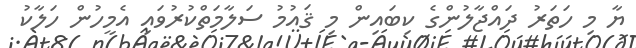
ޔާ މި ހަތަރު ދައްޖާލުންގެ ކިބައިން މި ޤައުމު ސަލާމަތްކުރުވައި އެމީހުން ހަލާކު